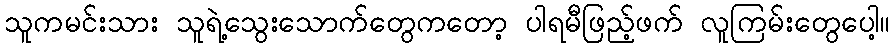
သူကမင်းသား သူရဲ့သွေးသောက်တွေကတော့ ပါရမီဖြည့်ဖက် လူကြမ်းတွေပေါ့။